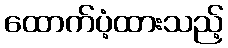
ထောက်ပံ့ထားသည့်